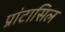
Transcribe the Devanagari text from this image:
प्रांटासिल